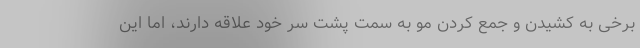
برخی به کشیدن و جمع کردن مو به سمت پشت سر خود علاقه دارند، اما این